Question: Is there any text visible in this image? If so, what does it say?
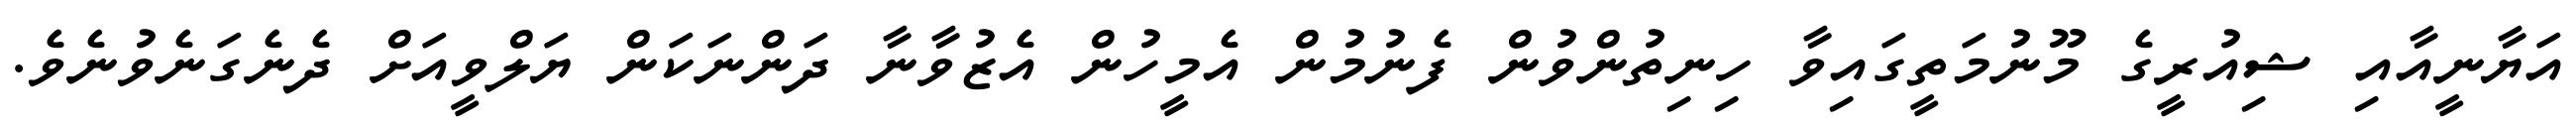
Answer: އަޔާނީއާއި ޝިއުރީގެ މޫނުމަތީގައިވާ ހިނިތުންވުން ފެނުމުން އެމީހުން އެޒުވާނާ ދަންނަކަން ޔަލްވީއަށް ދެނެގަނެވުނެވެ.